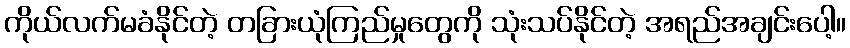
ကိုယ်လက်မခံနိုင်တဲ့ တခြားယုံကြည်မှုတွေကို သုံးသပ်နိုင်တဲ့ အရည်အချင်းပေါ့။